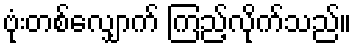
ဗုံးတစ်လျှောက် ကြည့်လိုက်သည်။